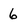
Character: 6